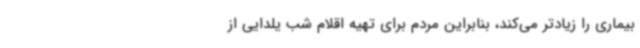
بیماری را زیادتر می‌کند، بنابراین مردم برای تهیه اقلام شب یلدایی از